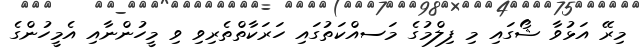
މިރޭ އަޅުވާ ޝޯގައި މި ފިލްމުގެ މަސއްކަތުގައި ހަރަކާތްތެރިވި ވި މީހުންނާއި އެމީހުންގެ